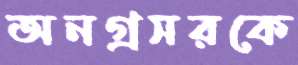
অনগ্রসরকে